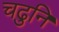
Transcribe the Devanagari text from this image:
चढुनि